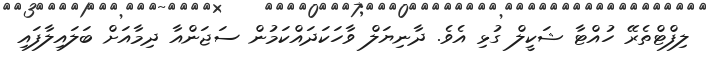
ލިފްޓްތެރޭ ހުއްޓާ ޝަކީލް ގުޅި އެވެ. ދާނިޔަލް ވާހަކަދައްކަމުން ސަޖަންއާ ދިމާއަށް ބަލައިލާފައި